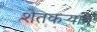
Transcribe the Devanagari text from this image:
शेतकऱ्यांत